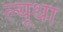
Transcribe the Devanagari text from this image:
ल्यूथा